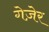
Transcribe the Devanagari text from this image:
गेज़ेर